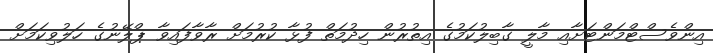
އިންވެސްޓްމަންޓަށާއި މާލީ ގާބިލުކަމުގެ އިތުރުން ހިދުމަތް ފުޅާ ކުރުމަށް ރާވާފައިވާ ޕްލޭނުގެ ހަލުވިކަމަށް